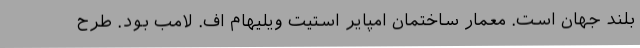
بلند جهان است. معمار ساختمان امپایر استیت ویلیهام اف. لامب بود. طرح